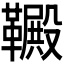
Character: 𫖋